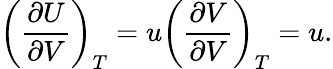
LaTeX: \left({\frac{\partial U}{\partial V}}\right)_{T}=u\left({\frac{\partial V}{\partial V}}\right)_{T}=u.